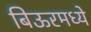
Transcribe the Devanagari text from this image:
बिऊरमध्ये